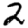
Digit: 2